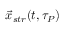
{ \vec { x } } _ { s t r } ( t , \tau _ { P } )